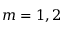
m = 1 , 2